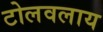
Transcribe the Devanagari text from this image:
टोलवलाय